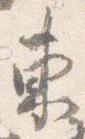
東